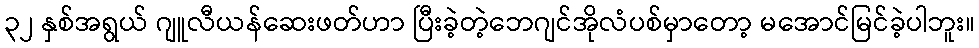
၃၂ နှစ်အရွယ် ဂျူလီယန်ဆေးဖတ်ဟာ ပြီးခဲ့တဲ့ဘေဂျင်အိုလံပစ်မှာတော့ မအောင်မြင်ခဲ့ပါဘူး။